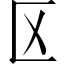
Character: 区